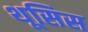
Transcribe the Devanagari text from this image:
थूसिस